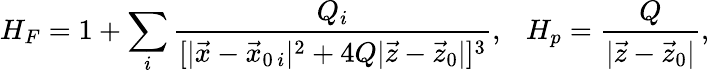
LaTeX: H_{F}=1+\sum_{i}{\frac{Q_{i}}{[|\vec{x}-\vec{x}_{0\, i}|^{2}+4Q|\vec{z}-\vec{z}_{0}|]^{3}}},\ \ \ H_{p}={\frac{Q}{|\vec{z}-\vec{z}_{0}|}},